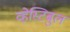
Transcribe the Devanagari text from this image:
व्हेस्टिबुल